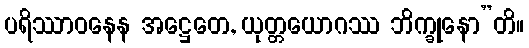
ပရိဿာဝနေန အဋ္ဌေတေ, ယုတ္တယောဂဿ ဘိက္ခုနော”တိ။